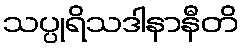
သပ္ပုရိသဒါနာနီတိ